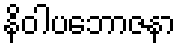
နိဝါပဘောဇနာ